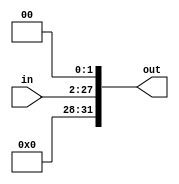
`timescale 1ns/1ns

module LeftShifter2(
	input [25:0]in,
	output reg[31:0]out

);

always @*
	begin
	   out = in << 2;
	end

endmodule